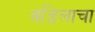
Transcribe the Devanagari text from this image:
वडिलाचा